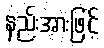
နည်းအားဖြင့်